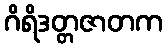
ဂိရိဒတ္တဇာတက